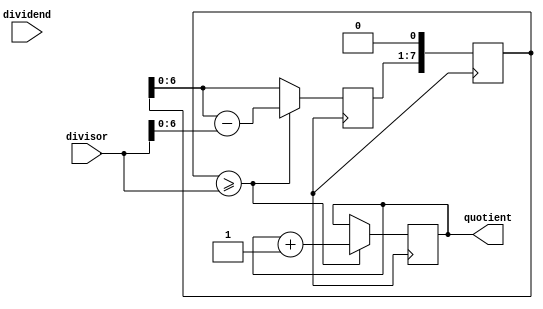
module shift_subtract_divider (
    input wire [7:0] dividend,
    input wire [7:0] divisor,
    output reg [7:0] quotient
);

reg [7:0] remainder;
reg [7:0] partial_remainder;

always @(posedge clk) begin
    partial_remainder <= {remainder, 1'b0};
    if (partial_remainder >= divisor) begin
        remainder <= partial_remainder - divisor;
        quotient <= quotient + 1;
    end else begin
        quotient <= quotient;
        remainder <= partial_remainder;
    end
end

endmodule